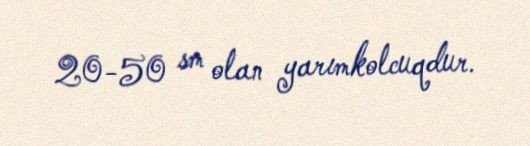
20-50 sm olan yarımkolcuqdur.